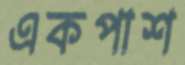
একপাশ